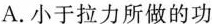
A.小于拉力所做的功